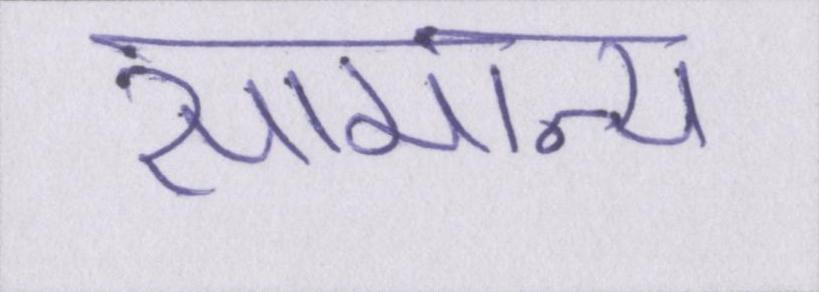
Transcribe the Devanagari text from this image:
सामान्य